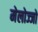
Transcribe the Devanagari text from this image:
मेलोज्जो